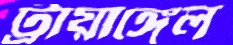
ট্রায়াঙ্গেল